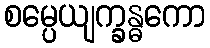
စမ္ပေယျက္ခန္ဓကော